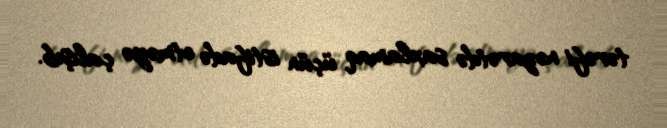
tərəfi nəzarətdə saxlamaq üçün istifadə etməyə çalışıb.